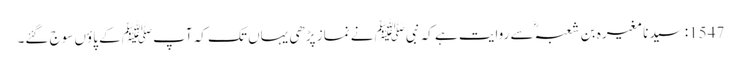
1547: سیدنا مغیرہ بن شعبہؓ سے روایت ہے کہ نبیﷺ نے نماز پڑھی یہاں تک کہ آپﷺ کے پاؤں سوج گئے۔